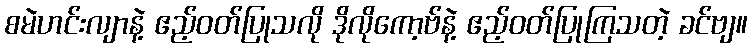
စမဲဟင်းလျာနဲ့ ဧည့်ဝတ်ပြုသလို ဒိုလိုကော့ဗ်နဲ့ ဧည့်ဝတ်ပြုကြသတဲ့ ခင်ဗျ။